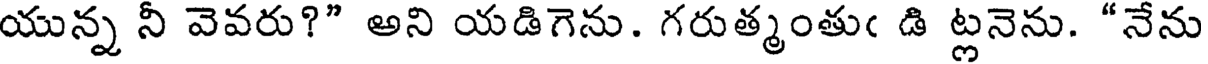
యున్న నీ వెవరు?" అని యడిగెను. గరుత్మంతుఁ డి ట్లనెను. "నేను